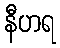
နီဟရ